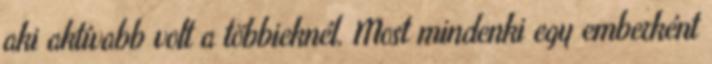
aki aktívabb volt a többieknél. Most mindenki egy emberként